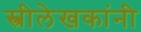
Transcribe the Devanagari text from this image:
स्त्रीलेखकांनी